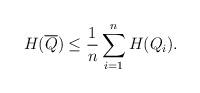
LaTeX: \begin{align*} H(\overline{Q}) \le \frac 1n \sum_{i=1}^n H( Q_i ).\end{align*}